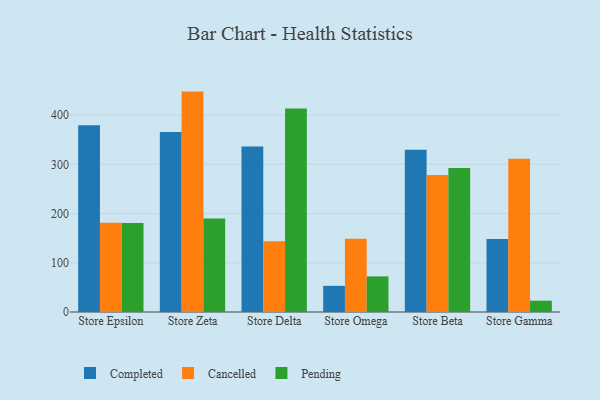
{"axis": {"x": "Store", "y": "Conversion Rate (%)"}, "legend": ["Cancelled", "Completed", "Pending"], "data": [{"x": "Store Epsilon", "y": 379.4, "type": "Completed"}, {"x": "Store Epsilon", "y": 181.2, "type": "Cancelled"}, {"x": "Store Epsilon", "y": 181.0, "type": "Pending"}, {"x": "Store Zeta", "y": 365.6, "type": "Completed"}, {"x": "Store Zeta", "y": 447.7, "type": "Cancelled"}, {"x": "Store Zeta", "y": 190.1, "type": "Pending"}, {"x": "Store Delta", "y": 336.4, "type": "Completed"}, {"x": "Store Delta", "y": 143.7, "type": "Cancelled"}, {"x": "Store Delta", "y": 413.6, "type": "Pending"}, {"x": "Store Omega", "y": 53.1, "type": "Completed"}, {"x": "Store Omega", "y": 149.0, "type": "Cancelled"}, {"x": "Store Omega", "y": 72.3, "type": "Pending"}, {"x": "Store Beta", "y": 329.7, "type": "Completed"}, {"x": "Store Beta", "y": 278.3, "type": "Cancelled"}, {"x": "Store Beta", "y": 292.7, "type": "Pending"}, {"x": "Store Gamma", "y": 148.4, "type": "Completed"}, {"x": "Store Gamma", "y": 311.1, "type": "Cancelled"}, {"x": "Store Gamma", "y": 23.0, "type": "Pending"}]}